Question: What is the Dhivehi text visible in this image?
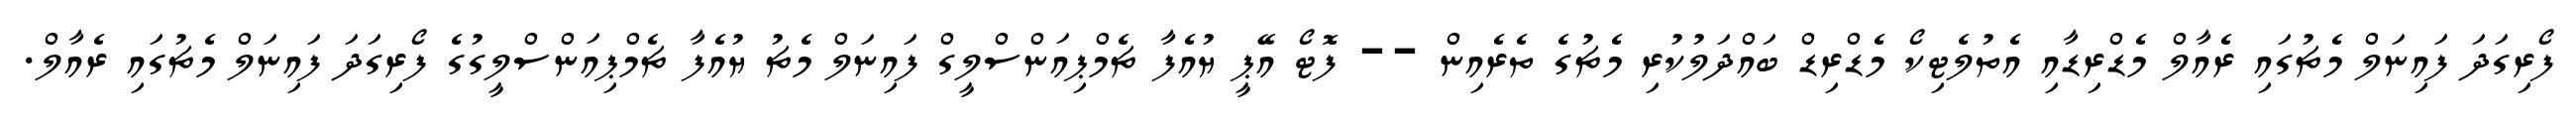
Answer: ފޯރިގަދަ ފައިނަލް މެޗުގައި ރެއާލް މެޑްރިޑާއި އެތުލެޓިކޯ މެޑްރިޑް ބައްދަލުކުރި މެޗުގެ ތެރެއިން -- ފޮޓޯ އޭޕީ ޔުއެފާ ޗެމްޕިއަންސްލީގް ފައިނަލް މެޗު ޔުއެފާ ޗެމްޕިއަންސްލީގުގެ ފޯރިގަދަ ފައިނަލް މެޗުގައި ރެއާލް.